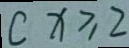
c x \geq 2